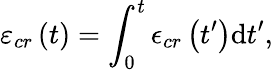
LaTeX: \varepsilon_{cr}\left(t\right)=\int_{0}^{t}\epsilon_{cr}\left(t^{\prime}\right)\mathrm{d}t^{\prime},